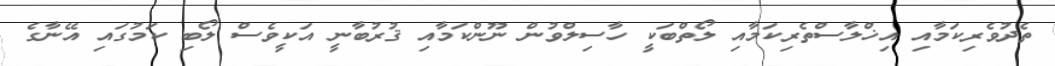
ތެދުވެރިކަމާއި އިޚްލާސްތެރިކަމާއި ލޯތްބަކީ ހާސިލްވުން ނޫންކަމާއި ޤުރުބާނީ އަކީވެސް ލޯބި ކަމުގައި އޭނާގެ